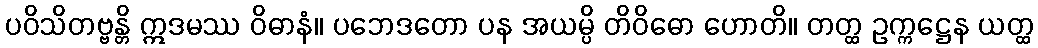
ပဝိသိတဗ္ဗန္တိ ဣဒမဿ ဝိဓာနံ။ ပဘေဒတော ပန အယမ္ပိ တိဝိဓော ဟောတိ။ တတ္ထ ဥက္ကဋ္ဌေန ယတ္ထ